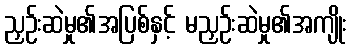
ညှဉ်းဆဲမှု၏အပြစ်နှင့် မညှဉ်းဆဲမှု၏အကျိုး